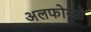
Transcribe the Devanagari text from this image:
अलफोन्सो